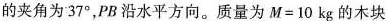
的夹角为 37°，PB 沿水平方向。质量为 $$M = 1 0 k g$$ 的木块